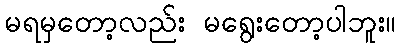
မရမှတော့လည်း မရွေးတော့ပါဘူး။